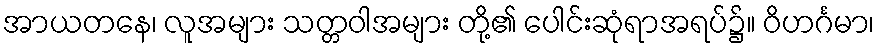
အာယတနေ၊ လူအများ သတ္တဝါအများ တို့၏ ပေါင်းဆုံရာအရပ်၌။ ဝိဟင်္ဂမာ၊